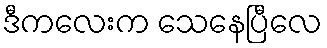
ဒီကလေးက သေနေပြီလေ